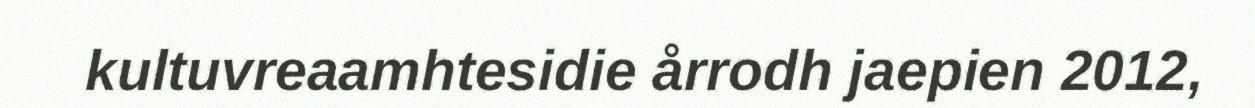
kultuvreaamhtesidie årrodh jaepien 2012,